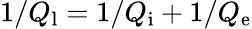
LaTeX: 1/Q_{\mathrm{l}}=1/Q_{\mathrm{i}}+1/Q_{\mathrm{e}}